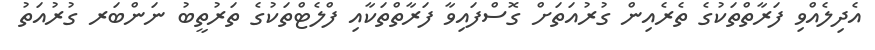
އެދިލެއްވި ފަރާތްތަކުގެ ތެރެއިން ގުރުއަތަށް ގޮސްފައިވާ ފަރާތްތަކާއި ފްލެޓްތަކުގެ ތަރުތީބު ނަންބަރ ގުރުއަތު